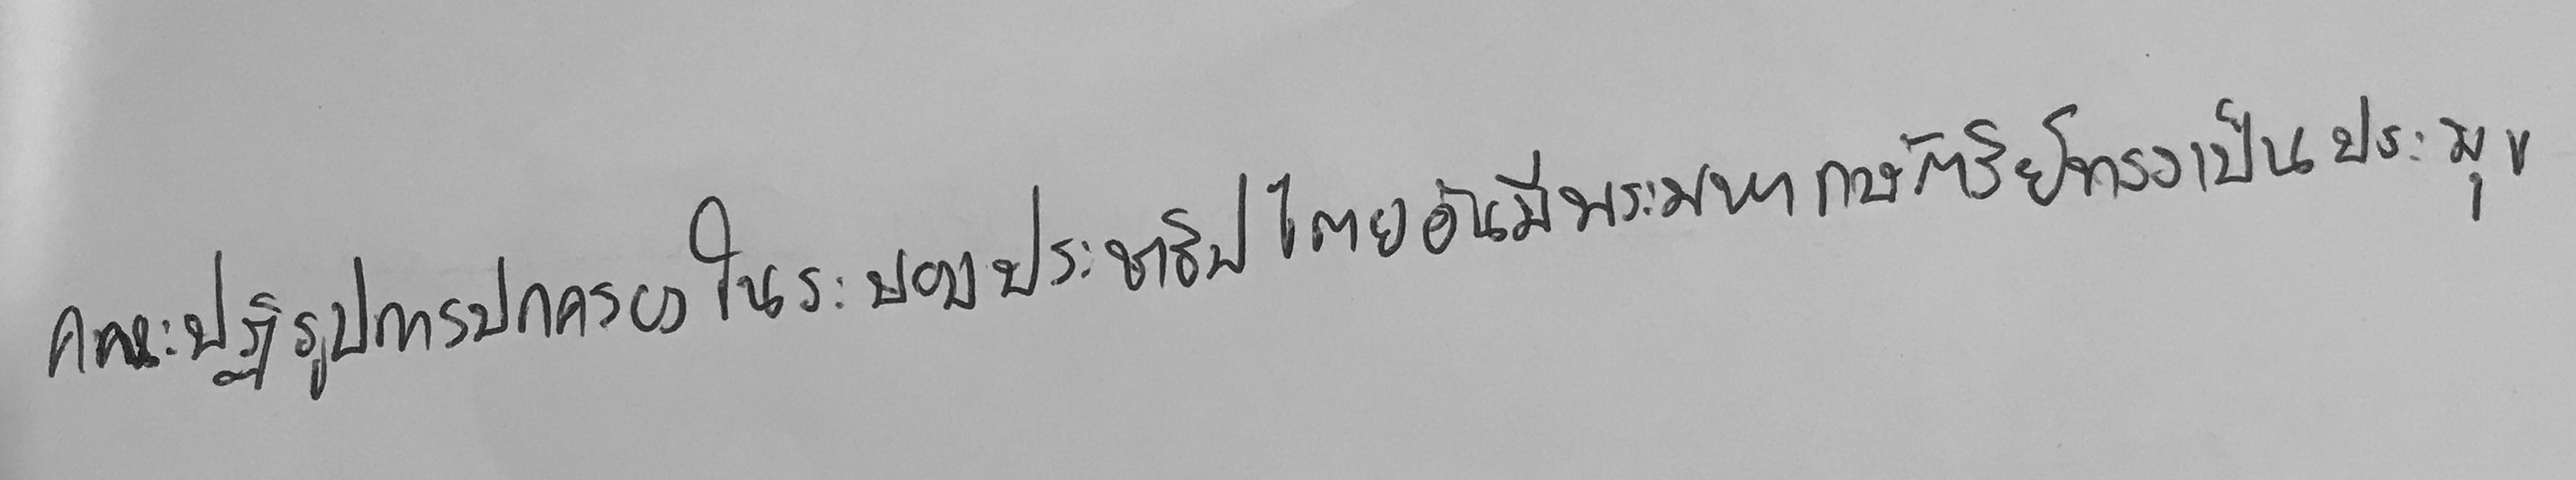
คณะปฏิรูปการปกครองในระบอบประชาธิปไตยอันมีพระมหากษัตริย์ทรงเป็นประมุข